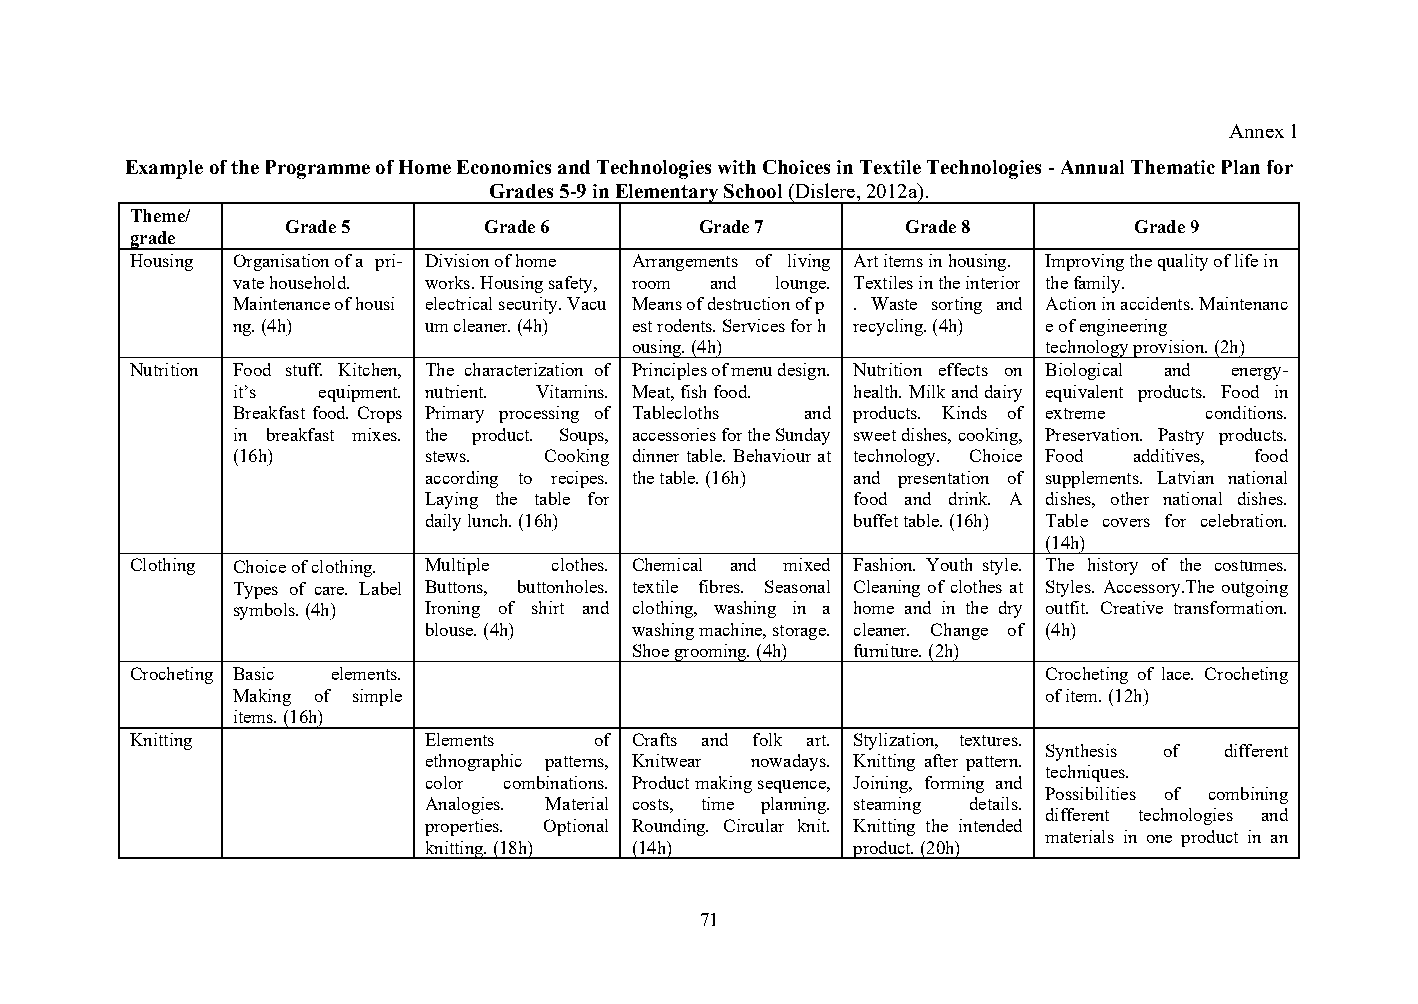
Annex 1
 Example of the Programme of Home Economics and Technologies with Choices in Textile Technologies - Annual Thematic Plan for
 Grades 5-9 in Elementary School (Dislere, 2012a).
 Theme/
 Grade 5      Grade 6       Grade 7       Grade 8        Grade 9
 grade
 Housing Organisation of a pri- Division of home Arrangements of living Art items in housing. Improving the quality of life in
 vate household. works. Housing safety, room and lounge. Textiles in the interior the family.
 Maintenance of housi electrical security. Vacu Means of destruction of p . Waste sorting and Action in accidents. Maintenanc
 ng. (4h)     um cleaner. (4h) est rodents. Services for h recycling. (4h) e of engineering
 ousing. (4h)               technology provision. (2h)
 Nutrition Food stuff. Kitchen, The characterization of Principles of menu design. Nutrition effects on Biological and energy-
 it’s  equipment. nutrient. Vitamins. Meat, fish food. health. Milk and dairy equivalent products. Food in
 Breakfast food. Crops Primary processing of Tablecloths and products. Kinds of extreme conditions.
 in breakfast mixes. the product. Soups, accessories for the Sunday sweet dishes, cooking, Preservation. Pastry products.
 (16h)        stews.  Cooking dinner table. Behaviour at technology. Choice Food additives, food
 according to recipes. the table. (16h) and presentation of supplements. Latvian national
 Laying the table for        food and drink. A dishes, other national dishes.
 daily lunch. (16h)          buffet table. (16h) Table covers for celebration.
 (14h)
 Clothing Choice of clothing. Multiple clothes. Chemical and mixed Fashion. Youth style. The history of the costumes.
 Types of care. Label Buttons, buttonholes. textile fibres. Seasonal Cleaning of clothes at Styles. Accessory.The outgoing
 symbols. (4h) Ironing of shirt and clothing, washing in a home and in the dry outfit. Creative transformation.
 blouse. (4h)  washing machine, storage. cleaner. Change of (4h)
 Shoe grooming. (4h) furniture. (2h)
 Crocheting Basic elements.                                  Crocheting of lace. Crocheting
 Making of simple                                      of item. (12h)
 items. (16h)
 Knitting           Elements   of Crafts and folk art. Stylization, textures.
 Synthesis of different
 ethnographic patterns, Knitwear nowadays. Knitting after pattern.
 techniques.
 color combinations. Product making sequence, Joining, forming and
 Possibilities of combining
 Analogies. Material costs, time planning. steaming details.
 different technologies and
 properties. Optional Rounding. Circular knit. Knitting the intended
 materials in one product in an
 knitting. (18h) (14h)       product. (20h)
 71